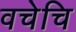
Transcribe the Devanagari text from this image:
वचेचि